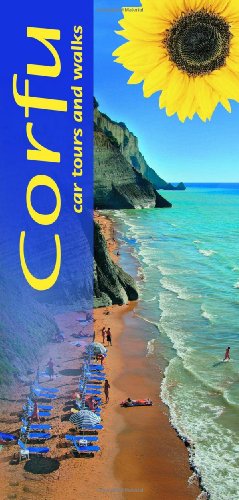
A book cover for Corfu: Car Tours and Walks (Landscapes); Noel Rochford; Travel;